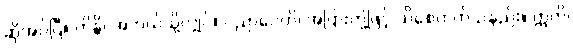
ဆိုအပ်ပြီ။ ကိန္တိ၊ အဘယ်သို့လျှင်။ ပညာပေတိ၊ အပြားတို့ဖြင့် သိစေတတ်သနည်း။ ဣတိ၊